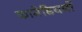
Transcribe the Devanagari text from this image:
कामेडियनों